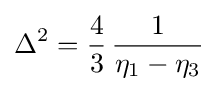
\Delta ^{2}={\frac {4}{3}}\,{\frac {1}{\eta _{1}-\eta _{3}}}